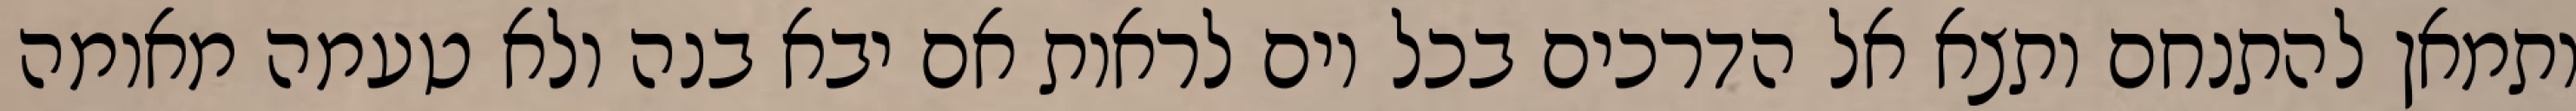
ותמאן להתנחם ותצא אל הדרכים בכל יום לראות אם יבא בנה ולא טעמה מאומה